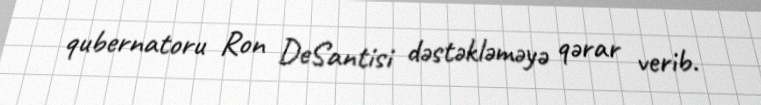
qubernatoru Ron DeSantisi dəstəkləməyə qərar verib.